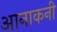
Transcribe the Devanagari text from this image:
आनाकनी